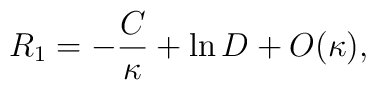
R_1=  -{C\over \kappa} + \ln D + O(\kappa),